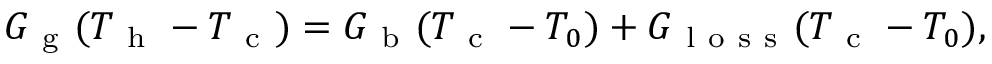
G _ { \mathrm { ~ g ~ } } ( T _ { \mathrm { ~ h ~ } } - T _ { \mathrm { ~ c ~ } } ) = G _ { \mathrm { ~ b ~ } } ( T _ { \mathrm { ~ c ~ } } - T _ { 0 } ) + G _ { \mathrm { ~ l ~ o ~ s ~ s ~ } } ( T _ { \mathrm { ~ c ~ } } - T _ { 0 } ) { , }